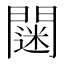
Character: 𨶌